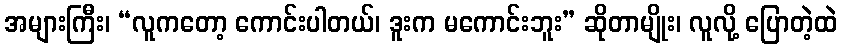
အများကြီး၊ “လူကတော့ ကောင်းပါတယ်၊ ဒူးက မကောင်းဘူး” ဆိုတာမျိုး၊ လူလို့ ပြောတဲ့ထဲ